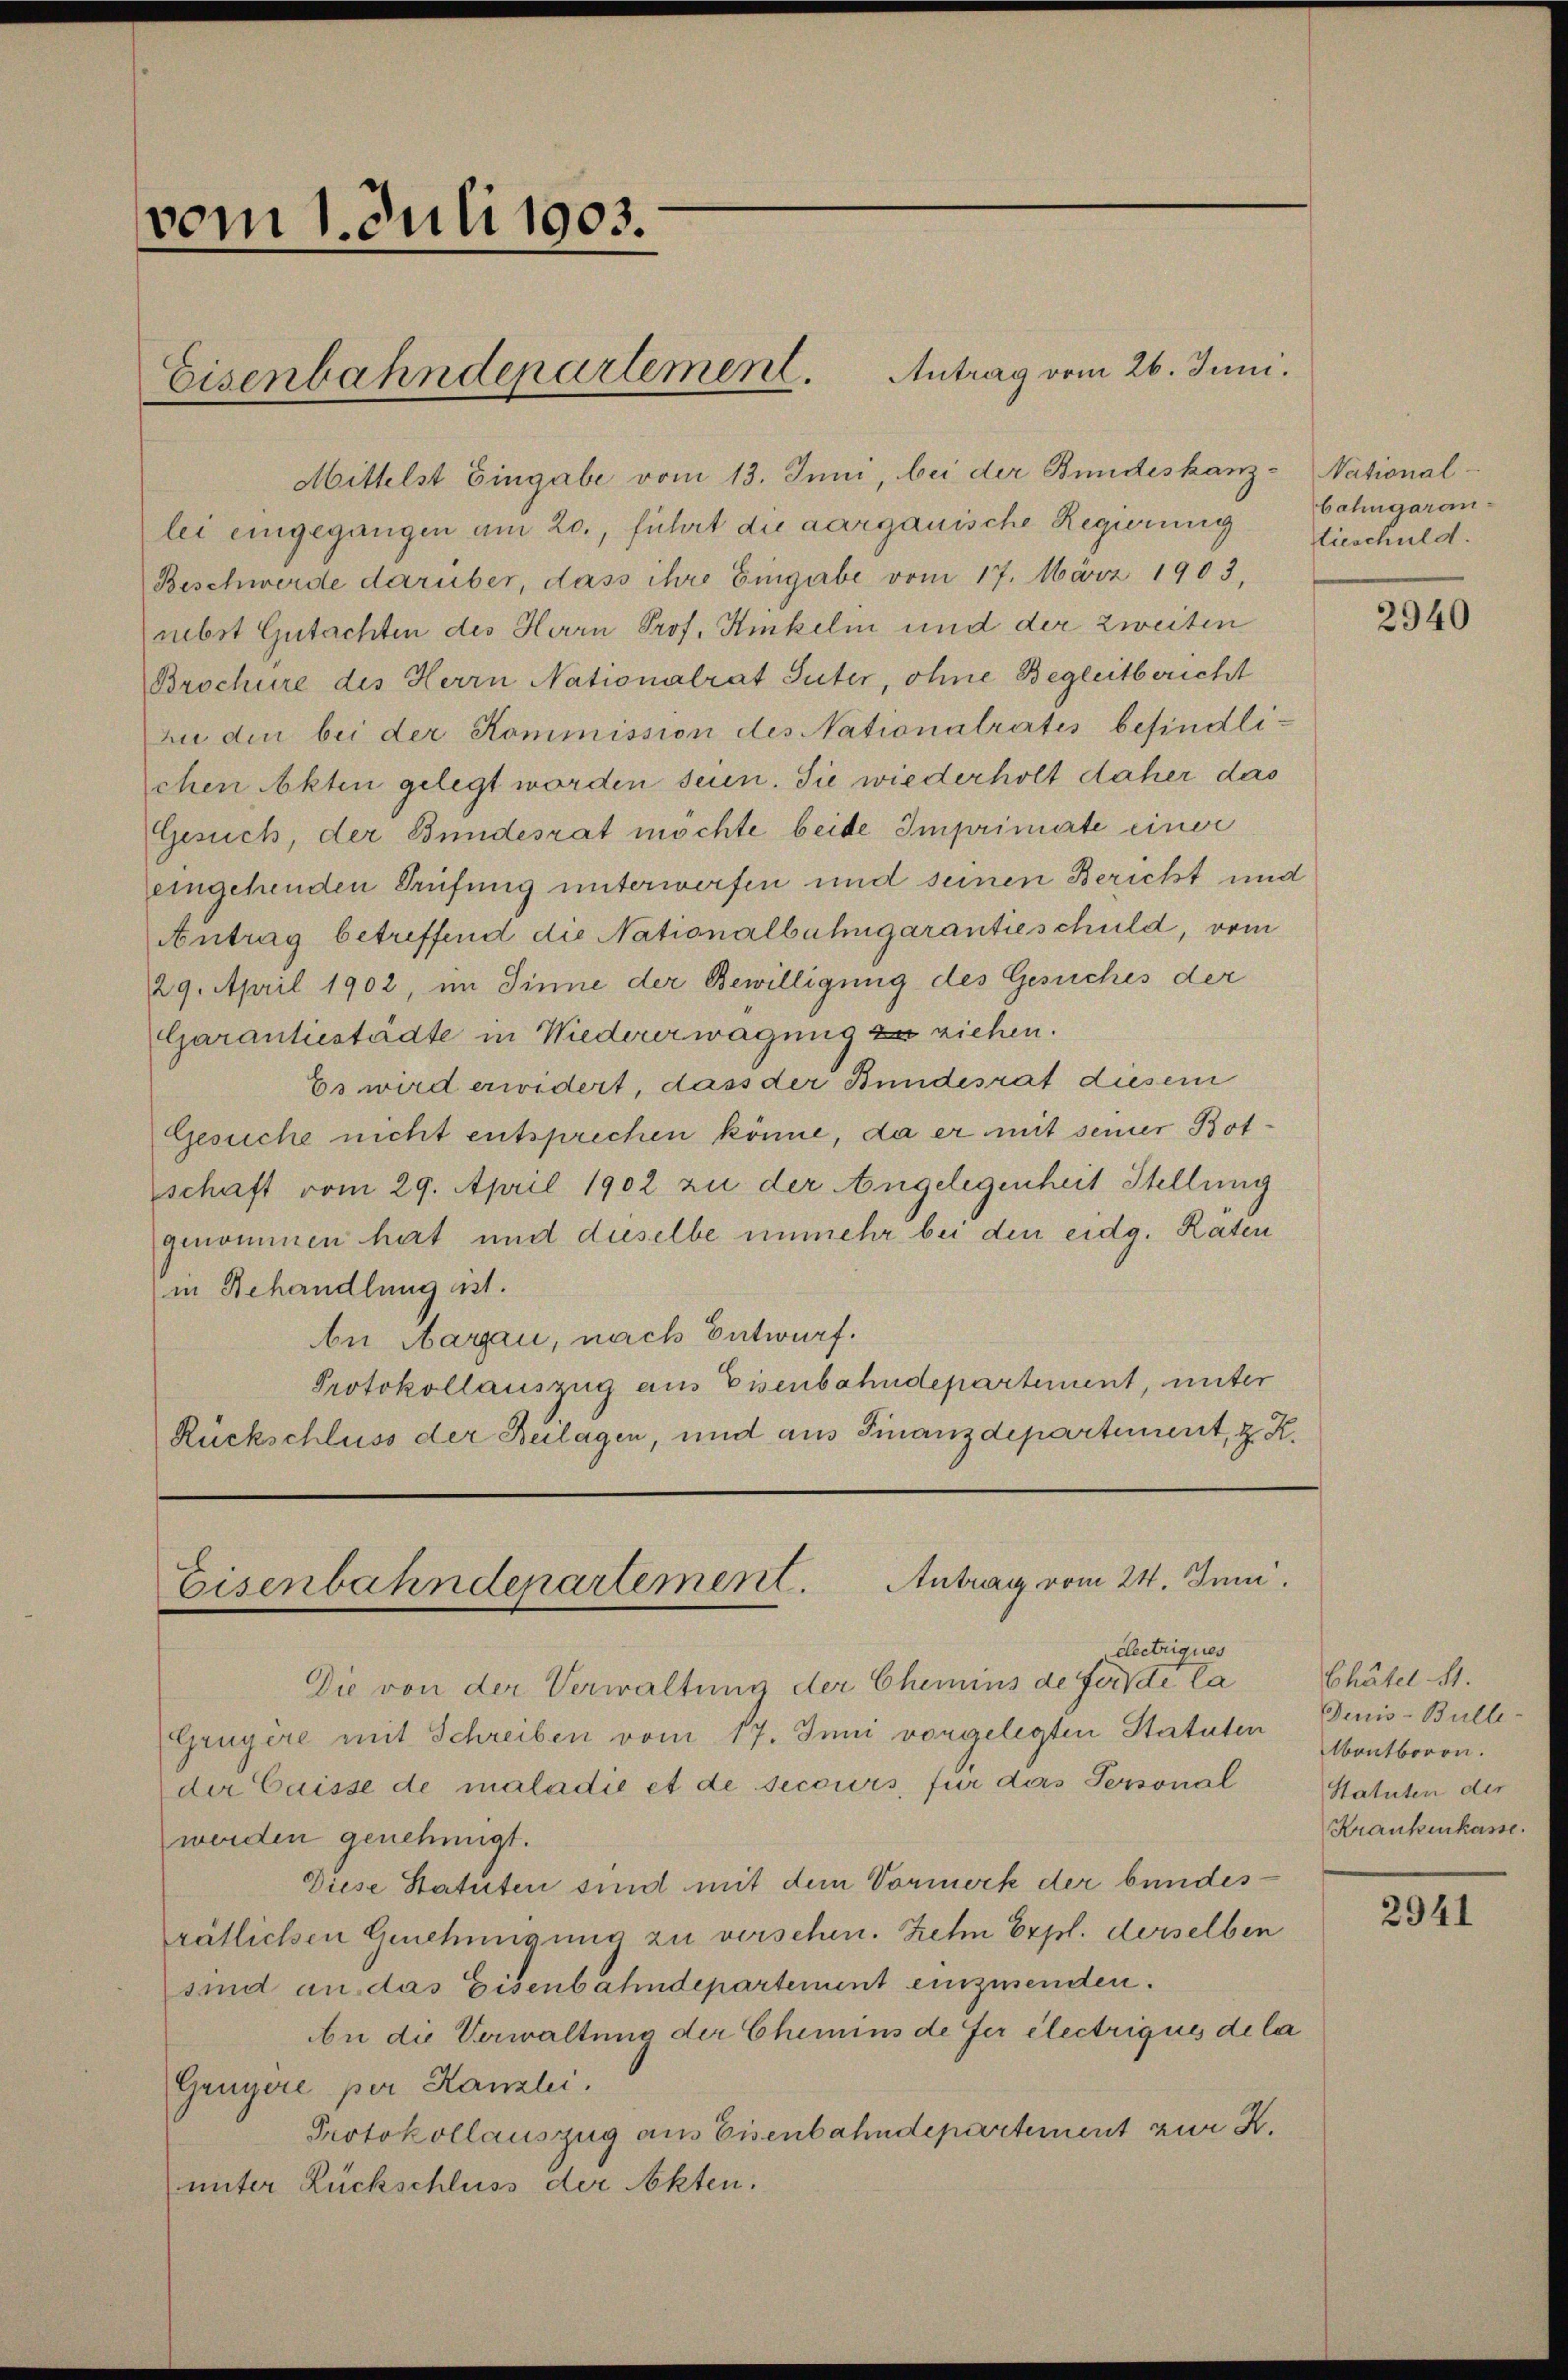
vom 1. Juli 1903.

Eisenbahndepartement. Antrag vom 26. Juni.

Mittelst Eingabe vom 13. Juni, bei der Bundeskanz-National-
lei eingegangen am 20., führt die aargauische Regierung
Beschwerde darüber, dass ihre Eingabe vom 17. März 1903,
nebst Gutachten des Herrn Prof. Hinkelin und der zweiten
Brochüre des Herrn Nationalrat Suter, ohne Begleitbericht
Zu die bei der Kommission des Nationalrates befindlichen Akten gelegt worden seien. Sie wiederholt daher das
Gesuch, der Bundesrat möchte beide Imprimite einer
eingehenden Prüfung unterwerfen und seinen Bericht und
Antrag betreffend die Nationalbahngarantieschuld, vom
29. April 1902, im Sinne der Bewilligung des Gesuches der
Garantiestädte in Wiedererwägung zu ziehen.
Es wird erwidert, dass der Bundesrat diesem
Gesuche nicht entsprechen könne, da er mit seiner Botschaft vom 29. April 1902 zu der Angelegenheit Stellung
genommen hert und dieselbe unmehr bei den eidg. Raten
in Behandlung ist.
n Aargau, nach Entwurf.
Protokollauszug aus Eisenbahndepartement, unter
Rückschluss der Beilagen, und aus Finanzdepartement, z. R.

Eisenbahndepartement. Antrag vom 24. Juni.
Electriques

bahngarantieschuld.

Die von der Verwaltung der Chemins de fernde la
Gruyère mit Schreiben vom 17. Juni vorgelegten Statuten
der Caisse de maladie et de secours, für das Personal
werden genehmigt.
Diese Statuten sind mit dem Vormerk der bundesrätlichen Genehmigung zu versehen. Zehn Expl. derselben
sind an das Eisenbahndepartement einzusenden.
An die Verwaltung der Chemins de fer electriques de la
Gruyère per Kanzlei.
Protokollauszug aus Eisenbahndepartement zur K.
unter Rückschluss der Akten.

2940

Chätel St.
Denis-Bulle-
Montboron.
Statuten der
Krankenkasse.

2941